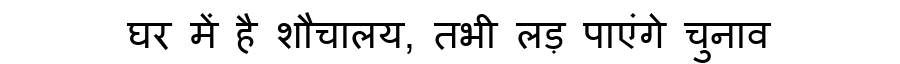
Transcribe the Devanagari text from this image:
घर में है शौचालय, तभी लड़ पाएंगे चुनाव